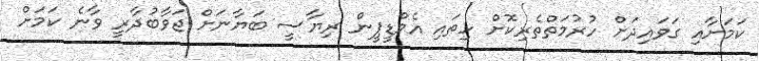
ކަމަށާއި ގަވައިދަށް ހުރުމަތްތެރިކޮށް ހިތައި އެމްޑީޕީން ރިޔާސީ ބަޔާނަށް ޖަވާބުދާރީ ވާނެ ކަމަށް